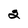
Character: 2